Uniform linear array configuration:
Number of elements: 8
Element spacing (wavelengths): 0.75
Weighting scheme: hann
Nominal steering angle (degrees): -60
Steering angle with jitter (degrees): -61.143
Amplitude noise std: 0.05
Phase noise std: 0.05

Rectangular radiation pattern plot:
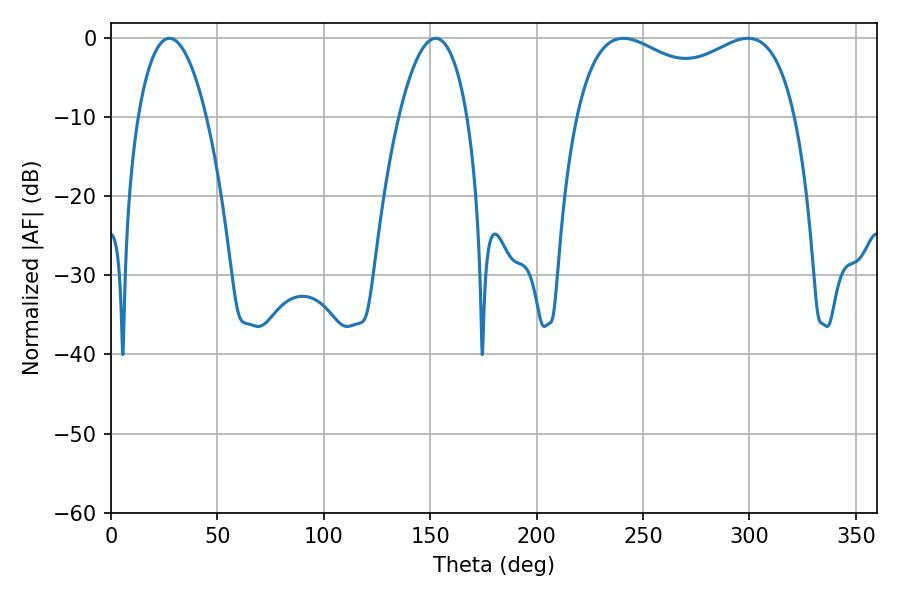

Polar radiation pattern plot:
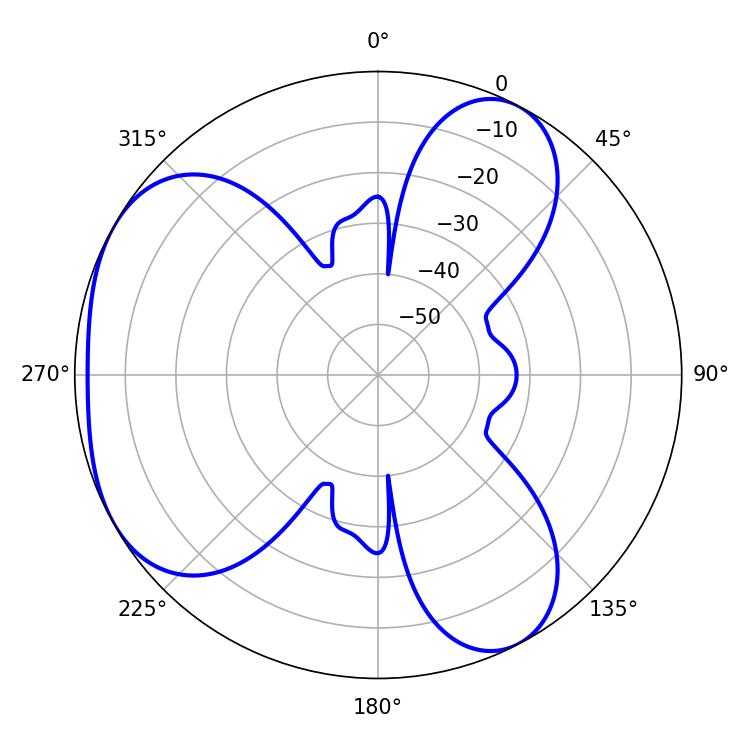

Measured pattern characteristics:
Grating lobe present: TRUE
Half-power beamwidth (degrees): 85.68
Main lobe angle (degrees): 240.66